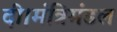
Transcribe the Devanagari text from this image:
दी।मंत्रिमंडल